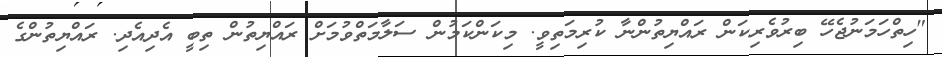
"ހިތްހަމަނުޖެހޭ ބިރުވެރިކަން ރައްޔިތުންނާ ކުރިމަތިވީ. މިކަންކަމުން ސަލާމަތްވުމަށް ރައްޔިތުން ތިބީ އެދިއެދި. ރައްޔިތުންގެ